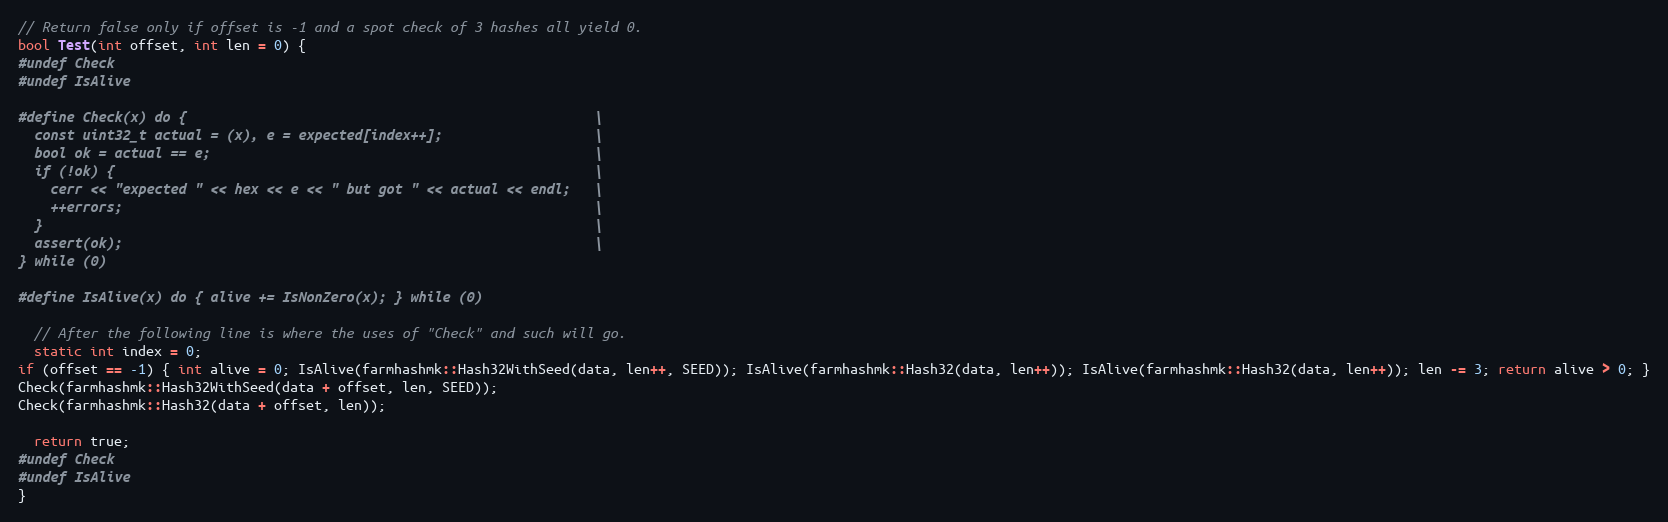
Language: C++
// Return false only if offset is -1 and a spot check of 3 hashes all yield 0.
bool Test(int offset, int len = 0) {
#undef Check
#undef IsAlive

#define Check(x) do {                                                   \
  const uint32_t actual = (x), e = expected[index++];                   \
  bool ok = actual == e;                                                \
  if (!ok) {                                                            \
    cerr << "expected " << hex << e << " but got " << actual << endl;   \
    ++errors;                                                           \
  }                                                                     \
  assert(ok);                                                           \
} while (0)

#define IsAlive(x) do { alive += IsNonZero(x); } while (0)

  // After the following line is where the uses of "Check" and such will go.
  static int index = 0;
if (offset == -1) { int alive = 0; IsAlive(farmhashmk::Hash32WithSeed(data, len++, SEED)); IsAlive(farmhashmk::Hash32(data, len++)); IsAlive(farmhashmk::Hash32(data, len++)); len -= 3; return alive > 0; }
Check(farmhashmk::Hash32WithSeed(data + offset, len, SEED));
Check(farmhashmk::Hash32(data + offset, len));

  return true;
#undef Check
#undef IsAlive
}